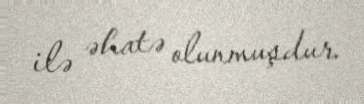
ilə əhatə olunmuşdur.